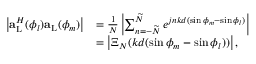
\begin{array} { r l } { \left| { \bf { a } } _ { \mathrm { { L } } } ^ { H } ( \phi _ { l } ) { \bf { a } } _ { \mathrm { L } } ( \phi _ { m } ) \right| } & { = \frac { 1 } { N } \left| \sum _ { n = - \widetilde { N } } ^ { \widetilde { N } } e ^ { j n k d ( \sin \phi _ { m } - \sin \phi _ { l } ) } \right| } \\ & { = \left| \Xi _ { N } ( k d ( \sin \phi _ { m } - \sin \phi _ { l } ) ) \right| , } \end{array}